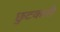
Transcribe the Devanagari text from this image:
छुटकारी